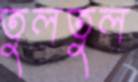
তুলতুল